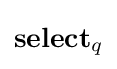
\mathbf {select} _{q}